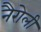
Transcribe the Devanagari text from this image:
नैरोली